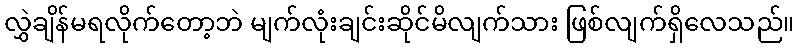
လွှဲချိန်မရလိုက်တော့ဘဲ မျက်လုံးချင်းဆိုင်မိလျက်သား ဖြစ်လျက်ရှိလေသည်။